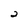
Character: 2